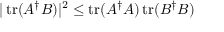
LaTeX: | \operatorname { t r } ( A ^ { \dagger } B ) | ^ { 2 } \leq \operatorname { t r } ( A ^ { \dagger } A ) \operatorname { t r } ( B ^ { \dagger } B )